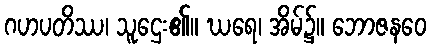
ဂဟပတိဿ၊ သူဌေး၏။ ဃရေ၊ အိမ်၌။ ဘောဇနဝေ